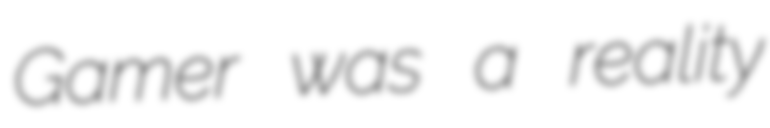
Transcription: Gamer was a reality